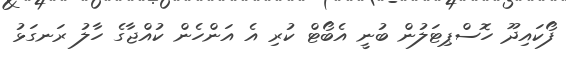
ފޯކައިދޫ ހޮސްޕިޓަލުން ބުނީ އެބޯޓް ކުރި އެ އަންހެން ކުއްޖާގެ ހާލު ރަނގަޅު